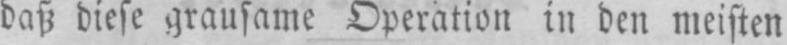
daß diese grausame Operation in den meisten